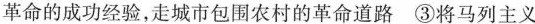
革命的成功经验，走城市包围农村的革命道路③将马列主义